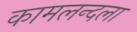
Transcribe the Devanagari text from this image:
कामलन्दला